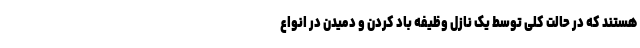
هستند که در حالت کلی توسط یک نازل وظیفه باد کردن و دمیدن در انواع